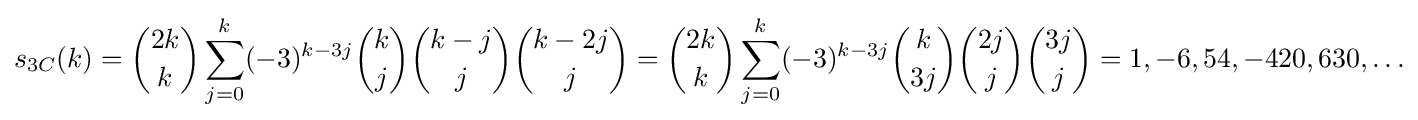
s_{3C}(k)={\binom {2k}{k}}\sum _{j=0}^{k}(-3)^{k-3j}{\binom {k}{j}}{\binom {k-j}{j}}{\binom {k-2j}{j}}={\binom {2k}{k}}\sum _{j=0}^{k}(-3)^{k-3j}{\binom {k}{3j}}{\binom {2j}{j}}{\binom {3j}{j}}=1,-6,54,-420,630,\ldots